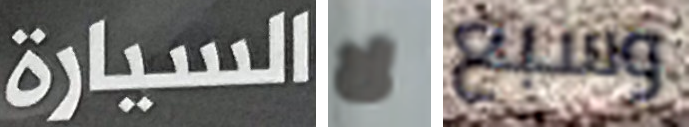
السيارة لا وسبع